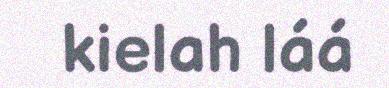
kielah láá